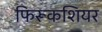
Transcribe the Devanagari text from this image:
फिरूकशियर